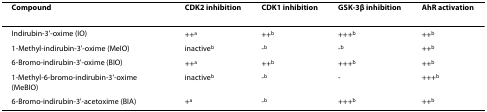
| Compound | CDK2 inhibition | CDK1 inhibition | GSK-3β inhibition | AhR activation |
 | --- | --- | --- | --- | --- |
 | Indirubin-3'-oxime (IO) | ++a | ++b | +++b | ++b |
 | 1-Methyl-indirubin-3'-oxime (MeIO) | inactiveb | -b | -b | ++b |
 | 6-Bromo-indirubin-3'-oxime (BIO) | ++a | ++b | +++b | ++b |
 | 1-Methyl-6-bromo-indirubin-3'-oxime (MeBIO) | inactiveb | -b | - | +++b |
 | 6-Bromo-indirubin-3'-acetoxime (BIA) | +a | -b | +++b | ++b |